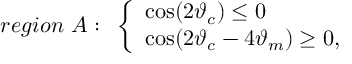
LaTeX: r e g i o n ~ { \cal A } : ~ \left\{ \begin{array} { l } { { \cos ( 2 \vartheta _ { c } ) \le 0 } } \\ { { \cos ( 2 \vartheta _ { c } - 4 \vartheta _ { m } ) \ge 0 , } } \end{array} \right.